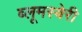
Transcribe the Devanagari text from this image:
ब्लूमस्बेरी